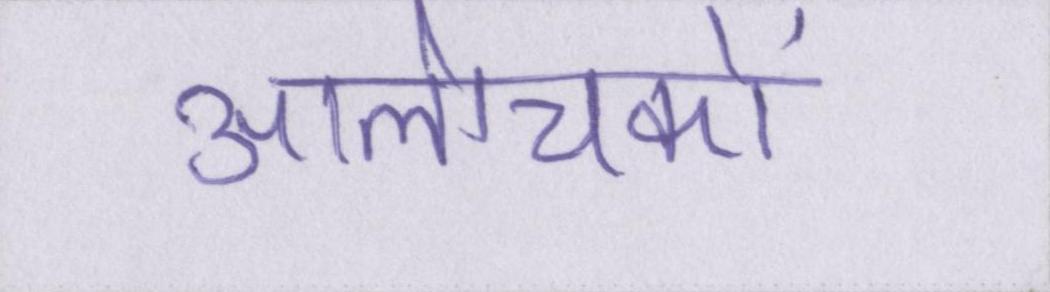
आलोचकों